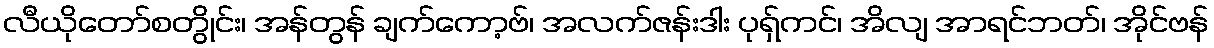
လီယိုတော်စတွိုင်း၊ အန်တွန် ချက်ကော့ဗ်၊ အလက်ဇန်းဒါး ပုရှ်ကင်၊ အိလျ အာရင်ဘတ်၊ အိုင်ဗန်